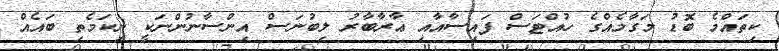
ކިތައްމެ ބޮޑު މަގާމެއްގެ ހުއްޓަސް ފައިސާއާއި ޢާރާބާރު ލިބުނަސް އިންސާނުންނަކީ ނިކަމެތި ބައެއް